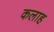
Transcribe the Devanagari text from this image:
कलाह